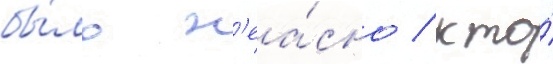
бы́ло н'еа́сно / кто́